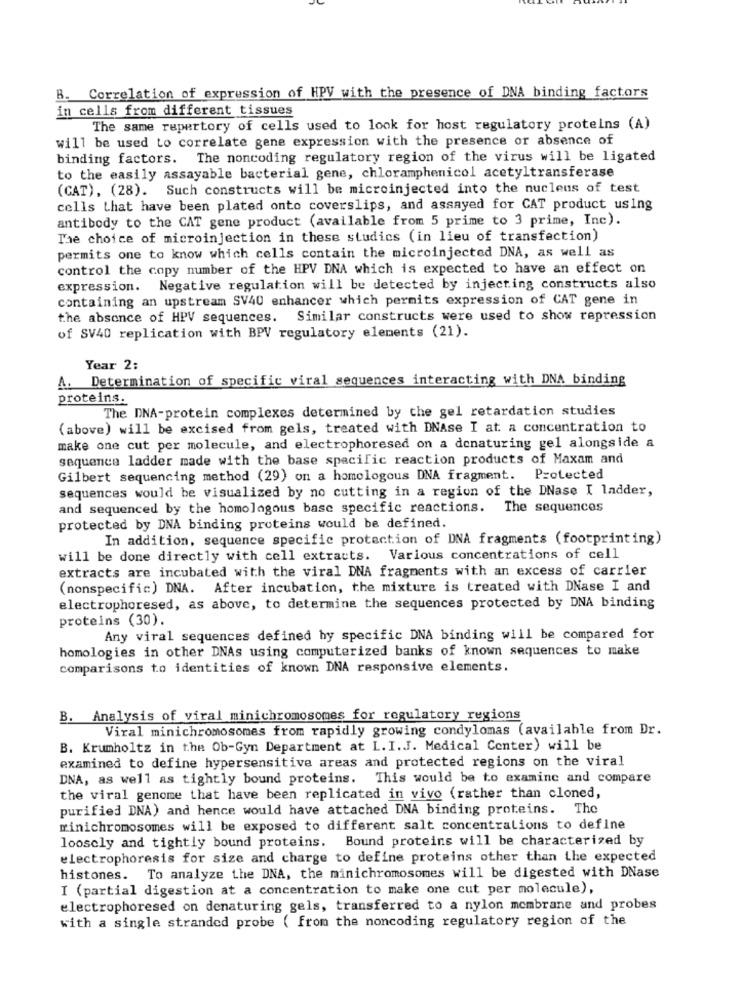
B. Correlation of expression of HPV with the presence of DNA binding factors
in cells from different tissues
The same repertory of cells used to look for host regulatory proteins (A)
will be used to correlate gene expression with the presence or absence of
binding factors. The noncoding regulatory region of the virus will be ligated
to the easily assayable bacterial gene, chloramphenicol acetyltransferase
(CAT), (28). Such constructs will be microinjected into the nucleus of test
cells that have been plated onto coverslips, and assayed for CAT product using
antibody to the CAT gene product (available from 5 prime to 3 prime, Inc).
The choice of microinjection in these studies (in lieu of transfection)
permits one to know which cells contain the microinjected DNA, as well as
control the copy number of the HPV DNA which is expected to have an effect on
expression. Negative regulation will be detected by injecting constructs also
containing an upstream SV40 enhancer which permits expression of CAT gene in
the absence of HPV sequences. Similar constructs were used to show repression
of SV40 replication with BPV regulatory elements (21).
Year 2:
A. Determination of specific viral sequences interacting with DNA binding
proteins.
The DNA-protein complexes determined by the gel retardation studies
(above) will be excised from gels, treated with DNAse I at a concentration to
make one cut per molecule, and electrophoresed on a denaturing gel alongside a
sequence ladder made with the base specific reaction products of Maxam and
Gilbert sequencing method (29) on a homologous DNA fragment. Protected
sequences would be visualized by no cutting in a region of the DNase I ladder,
and sequenced by the homologous base specific reactions.
The sequences
protected by DNA binding proteins would be defined.
In addition, sequence specific protection of DNA fragments (footprinting)
will be done directly with cell extracts. Various concentrations of cell
extracts are incubated with the viral DNA fragments with an excess of carrier
(nonspecific) DNA. After incubation, the mixture is treated with DNase I and
electrophoresed, as above, to determine the sequences protected by DNA binding
proteins (30).
Any viral sequences defined by specific DNA binding will be compared for
homologies in other DNAs using computerized banks of known sequences to make
comparisons to identities of known DNA responsive elements.
B. Analysis of viral minichromosomes for regulatory regions
Viral minichromosomes from rapidly growing condylomas (available from Dr.
B. Krumholtz in the Ob-Gyn Department at L. I.J. Medical Center) will be
examined to define hypersensitive areas and protected regions on the viral
DNA, as well as tightly bound proteins. This would be to examine and compare
the viral genome that have been replicated in vivo (rather than cloned,
purified DNA) and hence would have attached DNA binding proteins. The
minichromosomes will be exposed to different salt concentrations to define
loosely and tightly bound proteins. Bound proteins will be characterized by
electrophoresis for size and charge to define proteins other than the expected
histones. To analyze the DNA, the minichromosomes will be digested with DNase
I (partial digestion at a concentration to make one cut per molecule),
electrophoresed on denaturing gels, transferred to a nylon membrane and probes
with a single stranded probe ( from the noncoding regulatory region of the